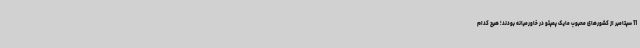
11 سپتامبر از کشورهای محبوب مایک پمپئو در خاورمیانه بودند؛ هیچ کدام